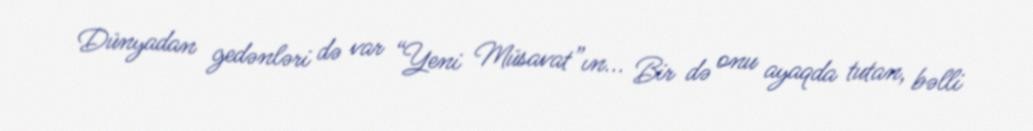
Dünyadan gedənləri də var “Yeni Müsavat”ın... Bir də onu ayaqda tutan, bəlli